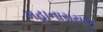
મહાનારાયણ